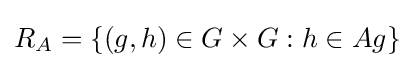
R_{A}=\{(g,h)\in G\times G:h\in Ag\}